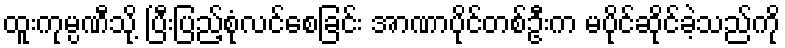
ထူးကုမ္ပဏီသို့ ပြီးပြည့်စုံလင်စေခြင်း အာဏာပိုင်တစ်ဦးက မပိုင်ဆိုင်ခဲ့သည်ကို